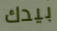
بيدك